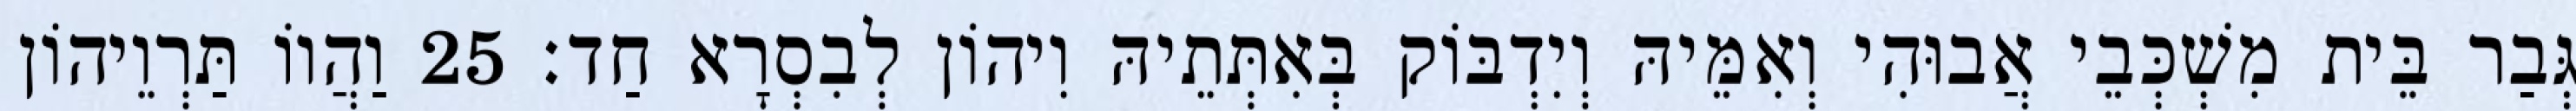
גְּבַר בֵּית מִשְׁכְּבֵי אֲבוּהִי וְאִמֵּיהּ וְיִדְבּוֹק בְּאִתְּתֵיהּ וִיהוֹן לְבִסְרָא חַד׃ 25 וַהֲווֹ תַּרְוֵיהוֹן